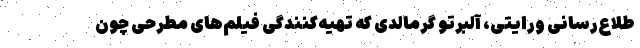
طلاع‌رسانی ورایتی، آلبرتو گرمالدی که تهیه‌کنندگی فیلم‌های مطرحی چون